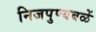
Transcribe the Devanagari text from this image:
निजपुण्यबळें